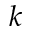
k